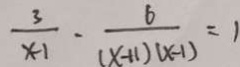
\frac { 3 } { x - 1 } \cdot \frac { 6 } { ( x + 1 ) ( x - 1 ) } = 1